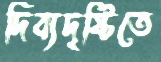
দিব্যদৃষ্টিতে